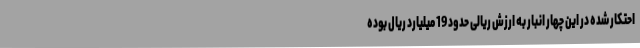
احتکار شده در این چهار انبار به ارزش ریالی حدود 19 میلیارد ریال بوده